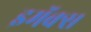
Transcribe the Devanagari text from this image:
इमॅक्स